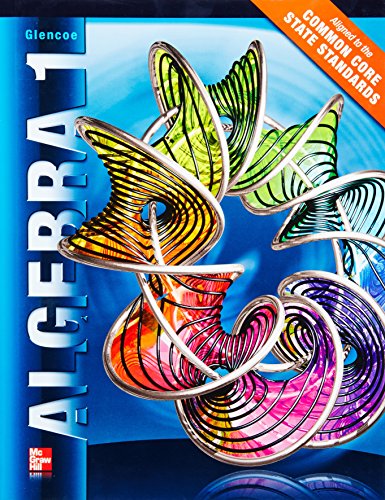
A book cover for Algebra 1, Student Edition (MERRILL ALGEBRA 1); McGraw-Hill Education; Science & Math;